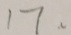
1 7 .